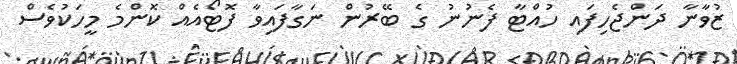
ޒުވާނާ ދަންޖެހިފައި ހުއްޓާ ފެނުނު ގެ ބޭރުން ނަގާފައިވާ ފޮޓޯއެއް ކޮންމެ މީހަކުވެސް